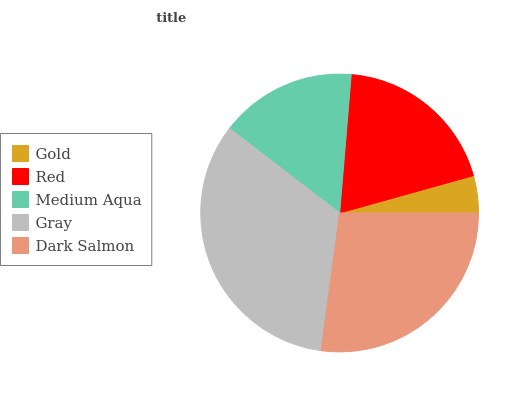
| Gold | Red | Medium Aqua | Gray | Dark Salmon |
 | --- | --- | --- | --- | --- |
 | 4.33% | 19.4% | 15.9% | 33.3% | 27.1% |